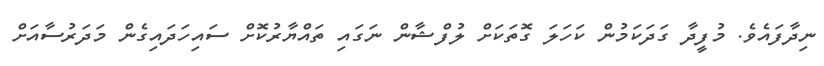
ނިދާފައެވެ. މުފީދާ ގަދަކަމުން ކަހަލަ ގޮތަކަށް ލުފްޝާން ނަގައި ތައްޔާރުކޮށް ސައިހަދައިގެން މަދަރުސާއަށް